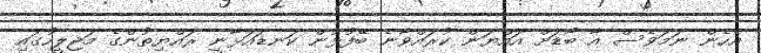
އެހެން ނަމަވެސް އާ ބޯޑަށް އައްޔަން ކުރައްވާނެ ބޭފުޅުން ކަނޑައަޅާނީ ރައްޔިތުންގެ މަޖިލީހުގައި